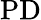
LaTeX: \mathrm{PD}